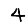
Digit: 4